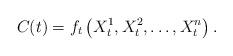
LaTeX: \begin{align*}C(t) = f_{t} \left( X_t^1, X_t^2, \ldots, X_t^n \right).\end{align*}